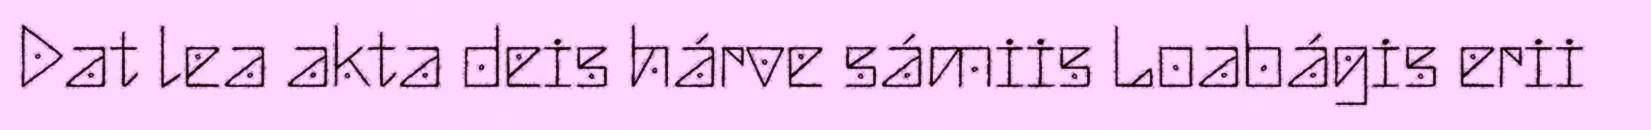
Dat lea akta deis hárve sámiis Loabágis erii